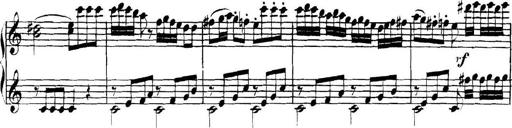
Title: Collected Piano Sonatas
Composer: Muzio Clementi